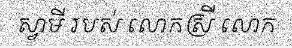
ស្វាមី របស់ លោកស្រី លោក